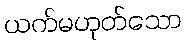
ယက်မဟုတ်သော